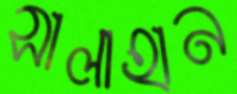
সালাহান